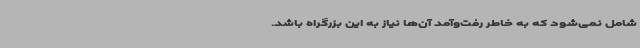
شامل نمی‌شود که به خاطر رفت‌وآمد آن‌ها نیاز به این بزرگراه باشد.